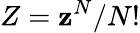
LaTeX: Z=\mathbf{z}^{N}/N!